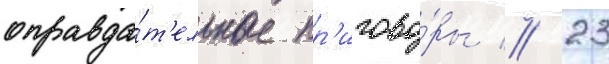
оправда́т'ельные пр'игово́ры // 23